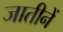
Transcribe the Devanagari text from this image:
जातीनें